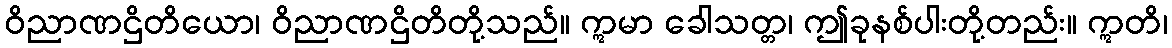
ဝိညာဏဌိတိယော၊ ဝိညာဏဌိတိတို့သည်။ ဣမာ ခေါသတ္တ၊ ဤခုနစ်ပါးတို့တည်း။ ဣတိ၊